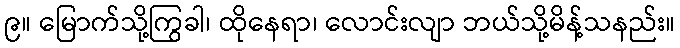
၉။ မြောက်သို့ကြွခါ၊ ထိုနေရာ၊ လောင်းလျာ ဘယ်သို့မိန့်သနည်း။